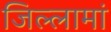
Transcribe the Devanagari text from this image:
जिल्लामां